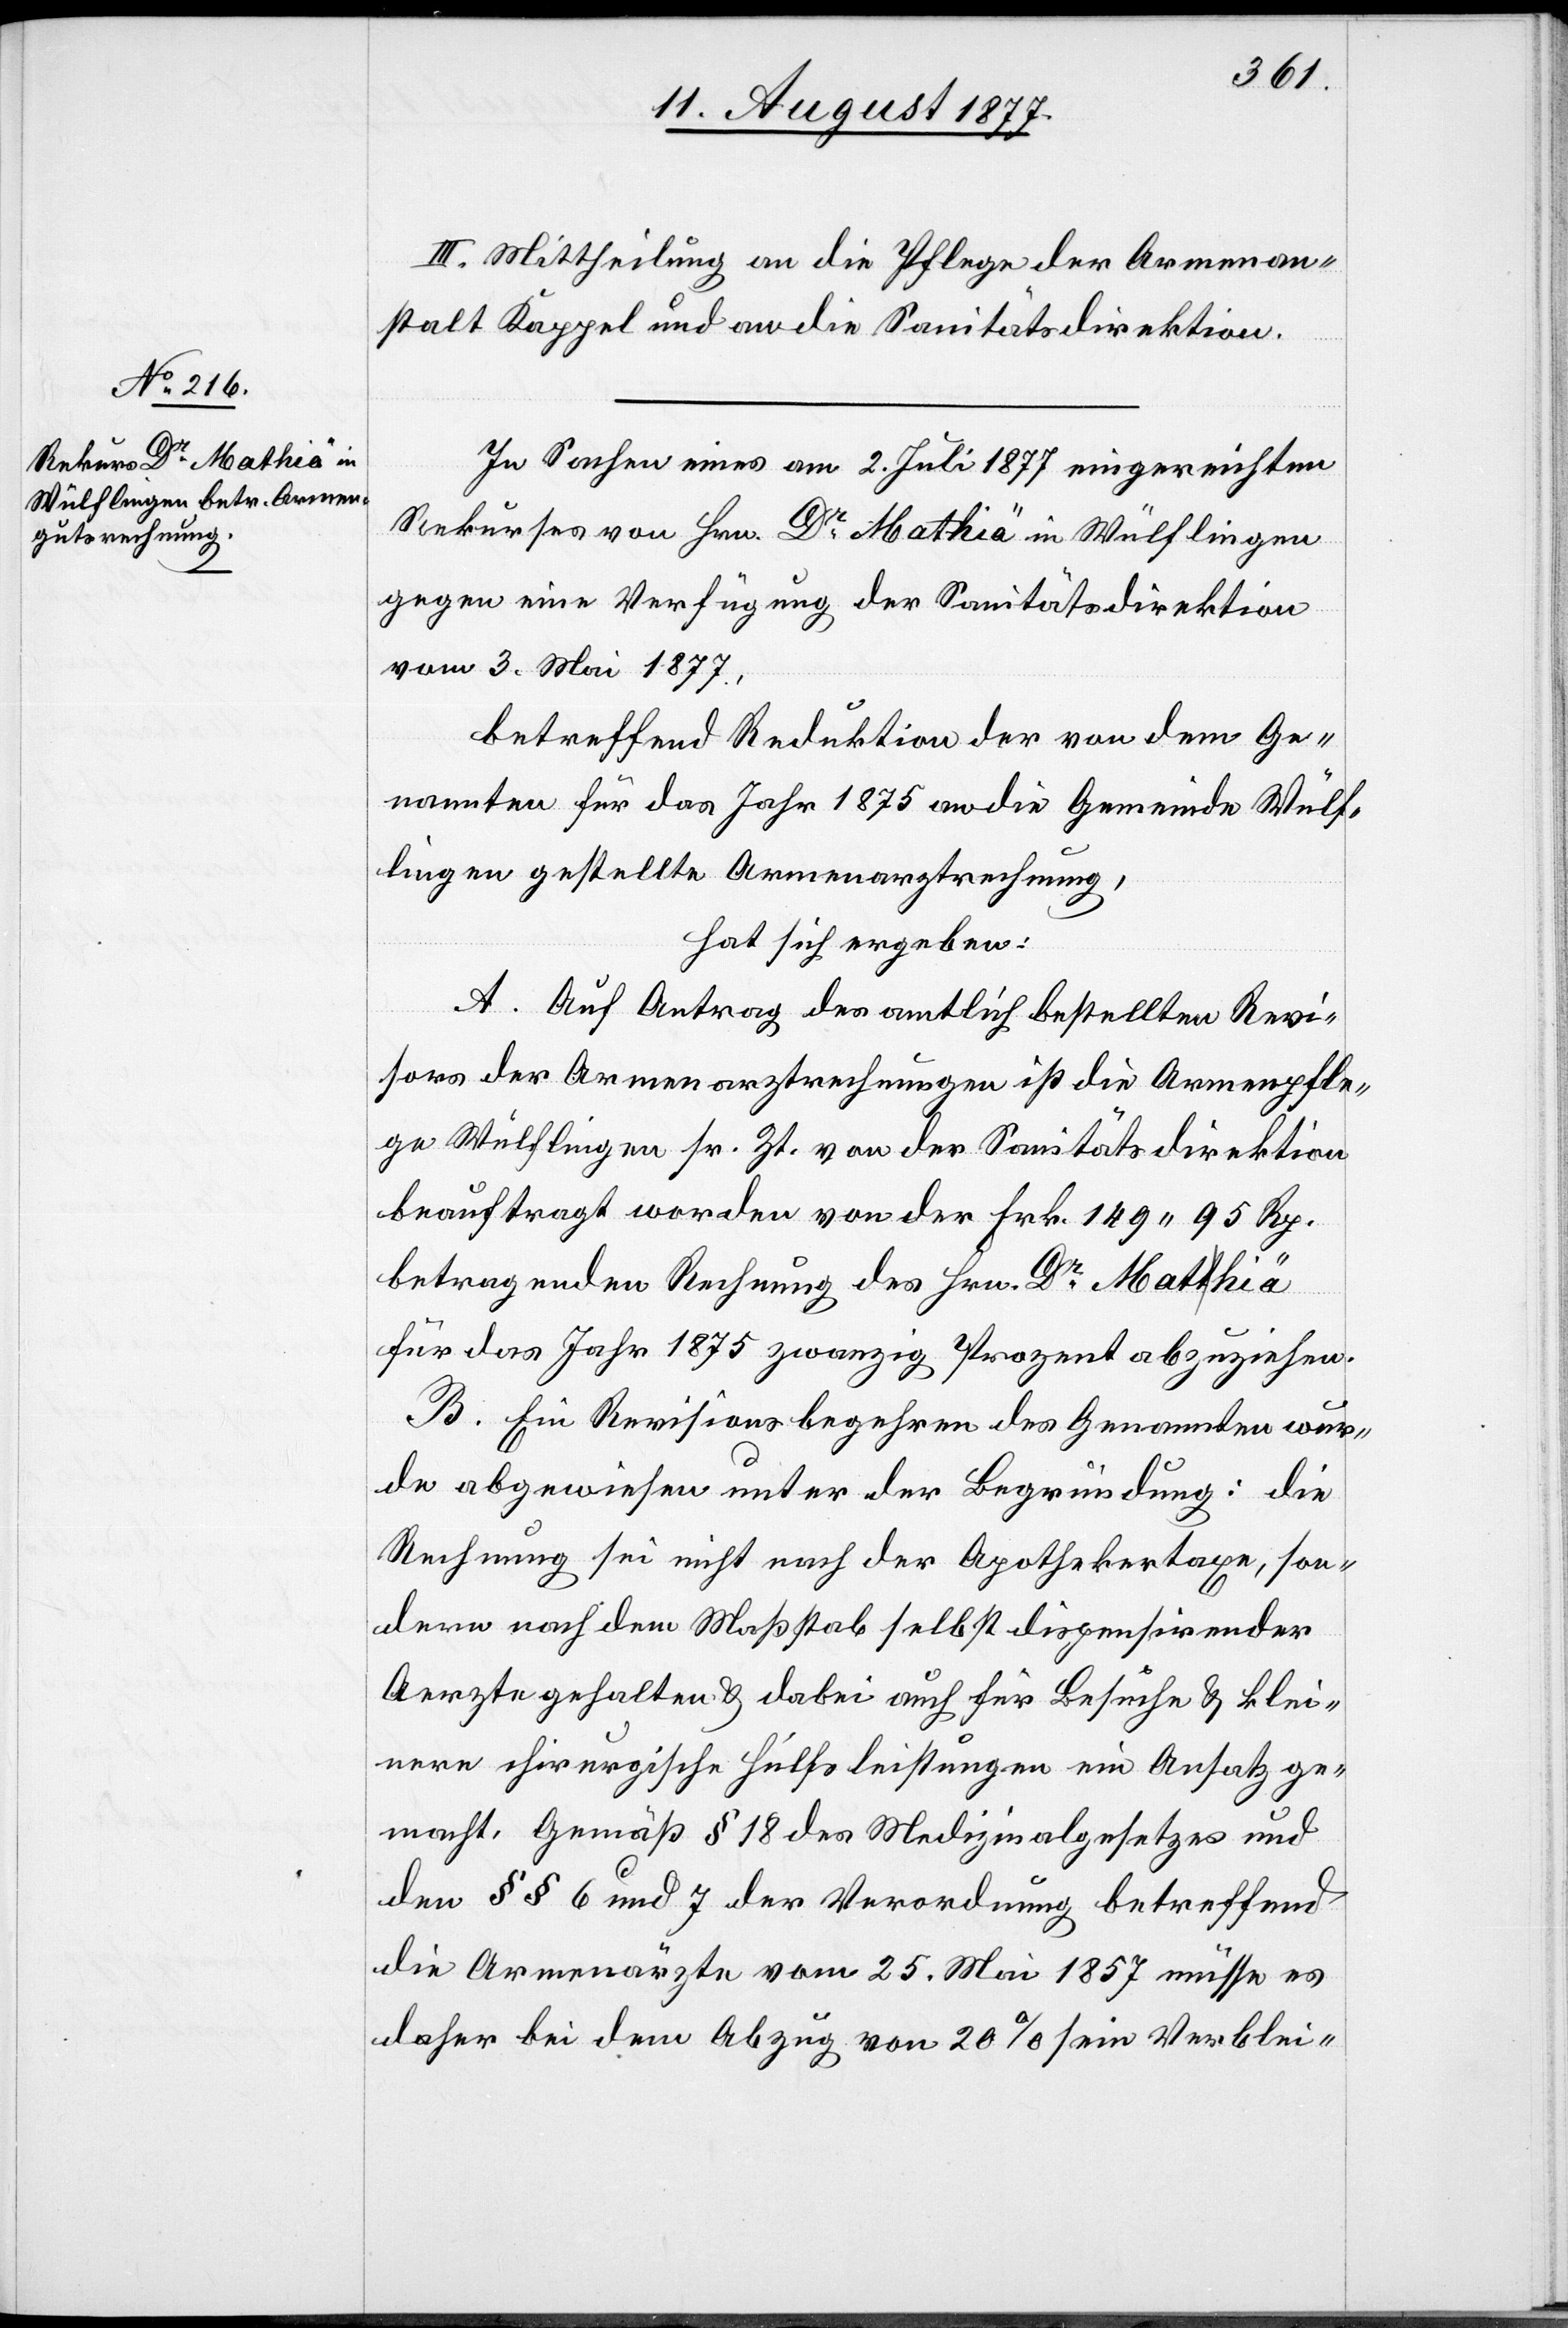
III. Mittheilung an die Pflege der Armenan¬
stalt Kappel und an die Sanitätsdirektion.
In Sachen eines am 2. Juli 1877 eingereichten
Rekurses von Hrn. Dr Mathiä in Wülflingen
gegen eine Verfügung der Sanitätsdirektion
vom 3. Mai 1877,
betreffend Reduktion der von dem Ge¬
nannten für das Jahr 1875 an die Gemeinde Wülf¬
lingen gestellte[n] Armenarztrechnung,
hat sich ergeben:
A. Auf Antrag des amtlich bestellten Revi¬
sors der Armenarztrechnungen ist die Armenpfle¬
ge Wülflingen sr. Zt. von der Sanitätsdirektion
beauftragt worden von der Frk. 149 95 Rp.
betragenden Rechnung des Hrn. Dr Mathiä
für das Jahr 1875 zwanzig Prozent abzuziehen.
B. Ein Revisionsbegehren des Genannten wur¬
de abgewiesen unter der Begründung: Die
Rechnung sei nicht nach der Apothekertaxe, son¬
dern nach dem Maßstab selbst dispensirender
Aerzte gehalten & dabei auch für Besuche & klei¬
nere chirurgische Hülfsleistungen ein Ansatz ge¬
macht. Gemäß § 18 des Medizinalgesetzes und
den §§ 6 und 7 der Verordnung betreffend
die Armenärzte vom 25. Mai 1857 müsse es
daher bei dem Abzug von 20% sein Verblei-